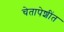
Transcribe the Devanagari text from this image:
चेतापेशींत